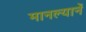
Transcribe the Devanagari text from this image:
मानल्यानें